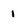
Character: 1